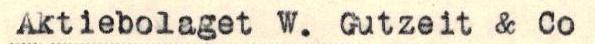
Savonlinnan kaupunki